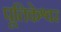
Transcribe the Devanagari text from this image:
पूतिकेश्वर